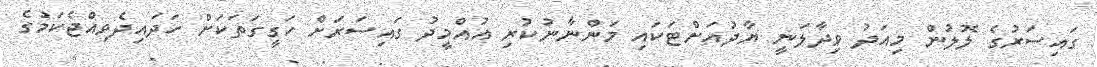
ގައިސަރުގެ ލޮލުން މިއަދު ވިދާލަނީ ޔާދުއަށްޓަކައި މަންނާނުކުރި އުއްމީދު ގައިސަރަށް ހަގީގަތަކަށް ހަދައިދެވިއްޖެކަމުގެ